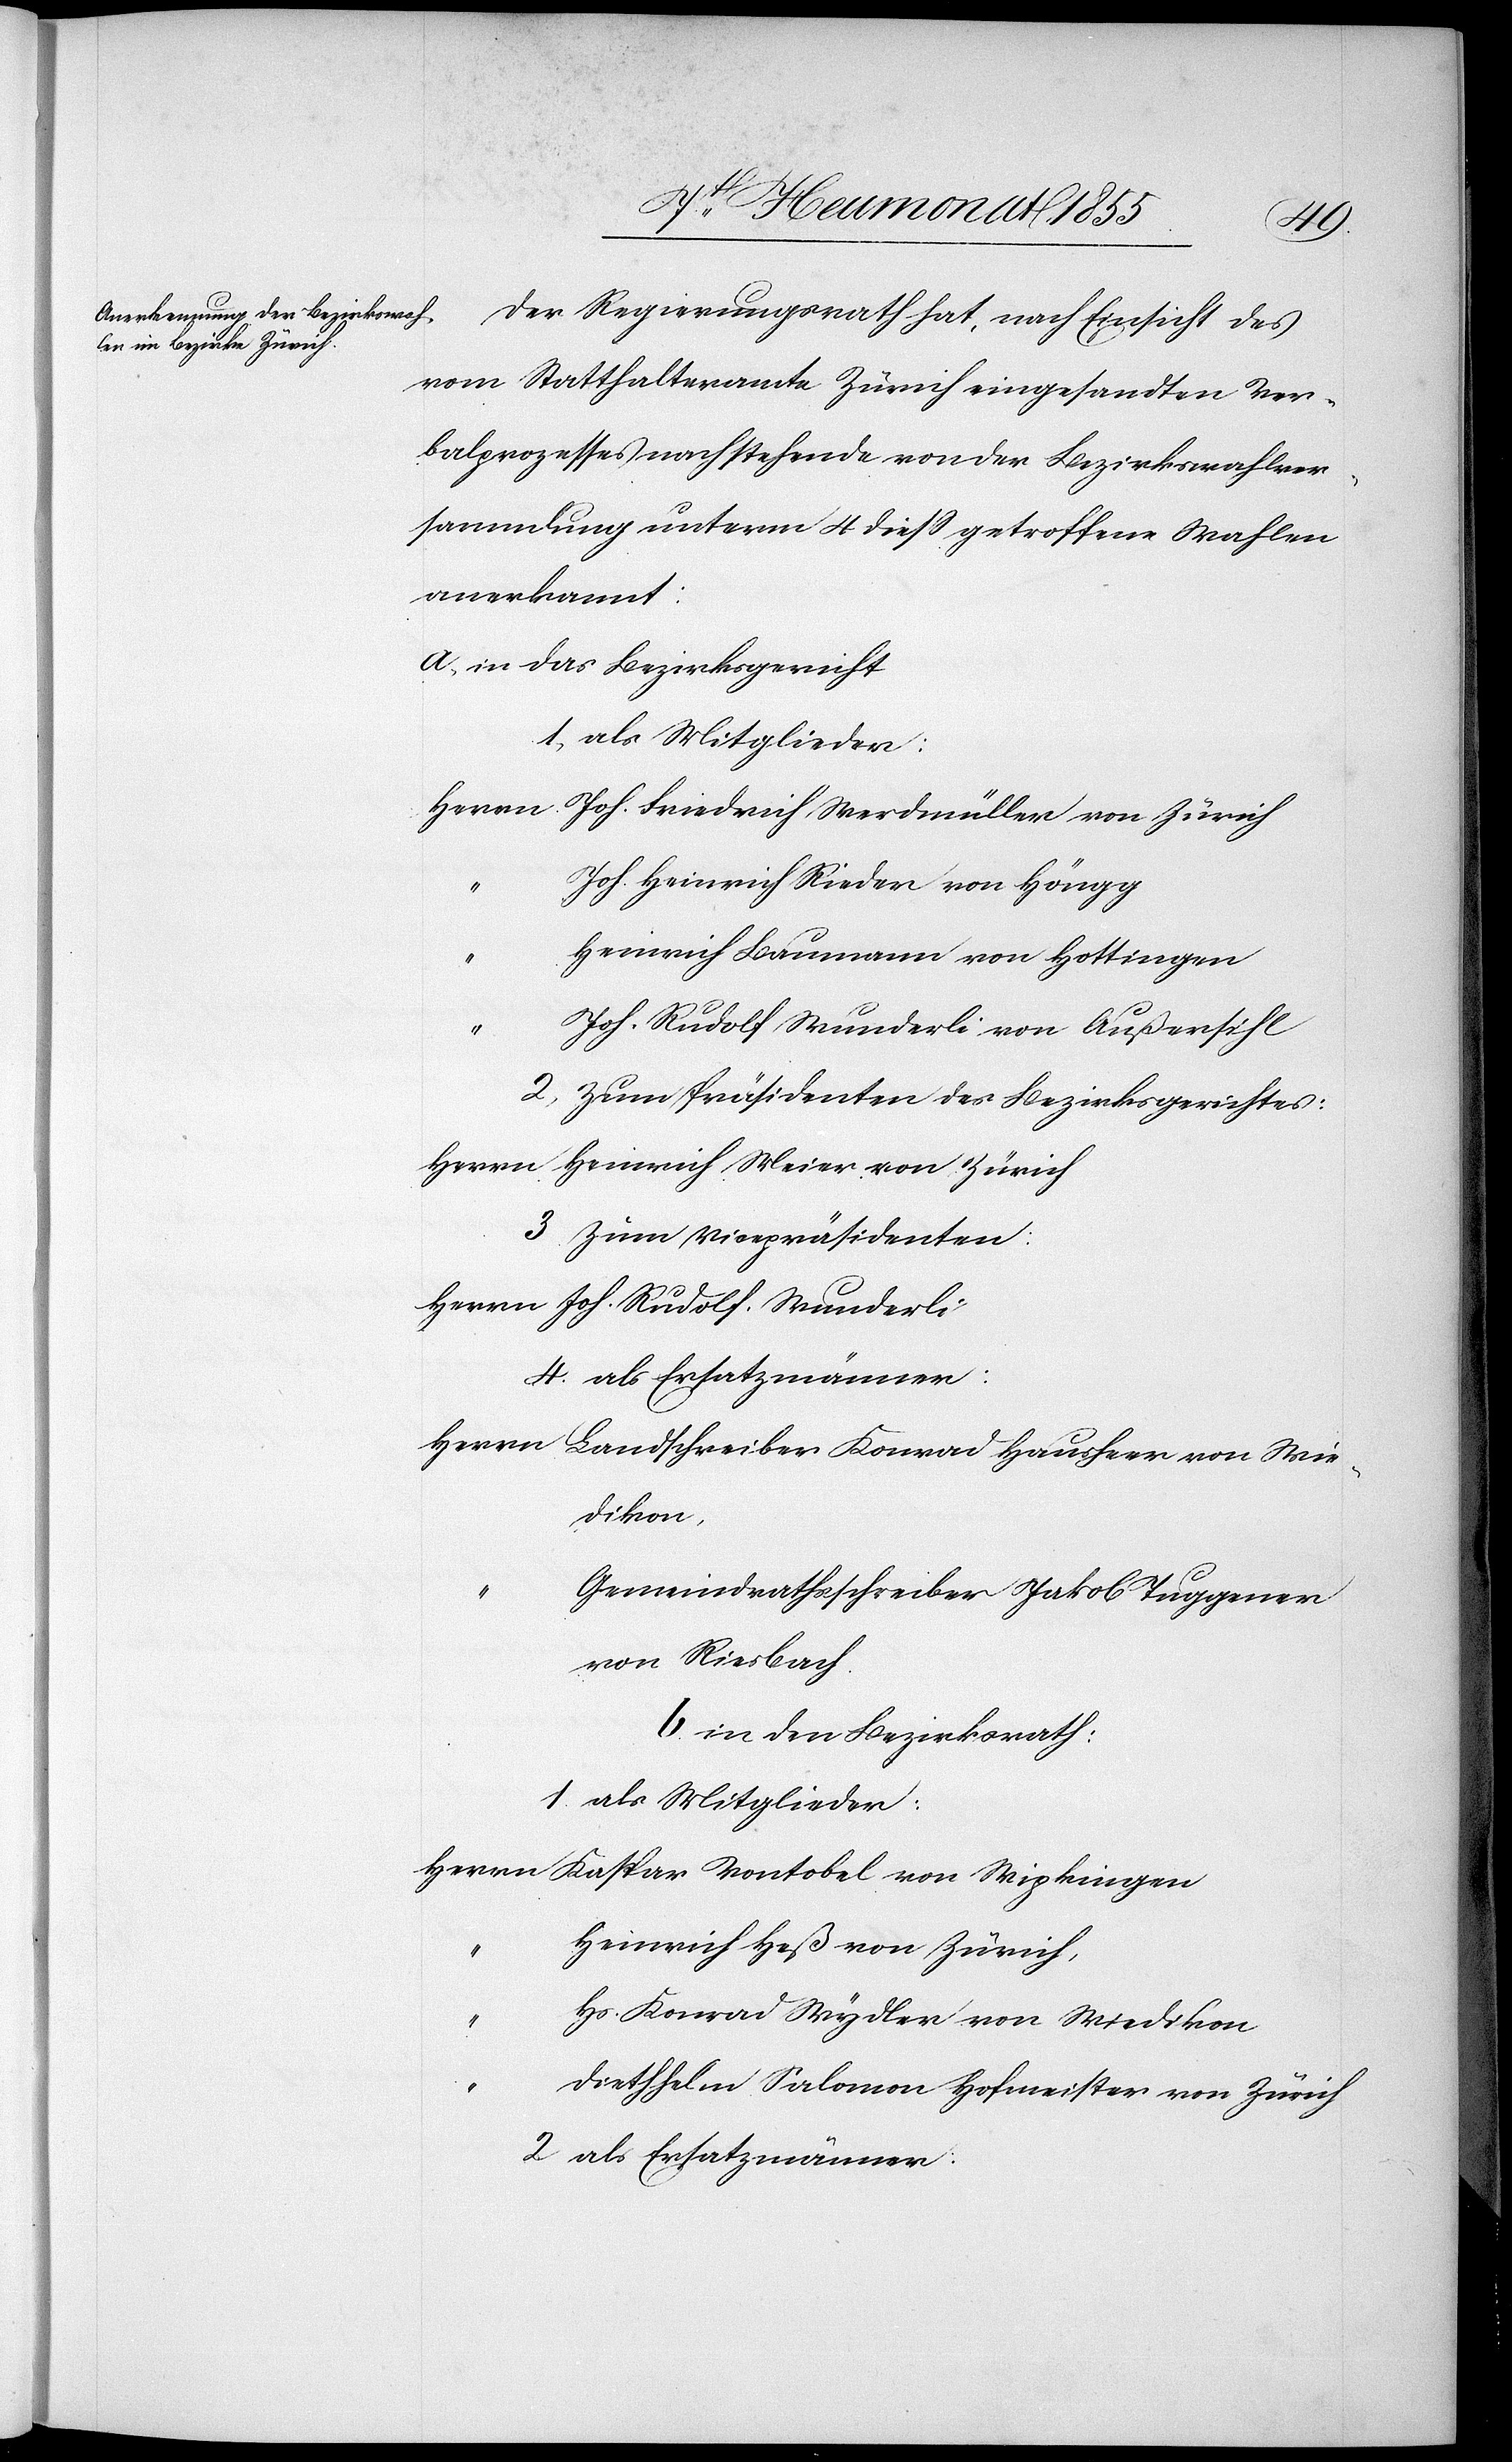
Der Regierungsrath hat, nach Einsicht des
vom Statthalteramte Zürich eingesandten Ver¬
balprozesses nachstehende von der Bezirkswahlver¬
sammlung unterm 4 diess getroffene Wahlen
anerkannt:
a, in das Bezirksgericht
1, als Mitglieder:
Herrn Joh. Friedrich Werdmüller von Zürich
Joh. Heinrich Rieder von Höngg
“
Heinrich Baumann von Hottingen
Joh. Rudolf Wunderli von Außersihl
2, zum Präsidenten des Bezirksgerichtes:
Herrn Heinrich Meier von Zürich
3 zum Vicepräsidenten:
Herrn Joh. Rudolf Wunderli
4. als Ersatzmänner:
Herrn Landschreiber Konrad Hausheer von Wie¬
dikon,
Gemeindrathsschreiber Jakob Tuggener
von Riesbach.
b in den Bezirksrath:
1. als Mitglieder:
Herrn Kaspar Vontobel von Wipkingen
Heinrich Heß von Zürich,
“
Hs. Konrad Wydler von Wiedikon
“
Diethhelm Salomon Hofmeister von Zürich
2 als Ersatzmänner: